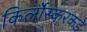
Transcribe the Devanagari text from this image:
किर्लोस्करकडे